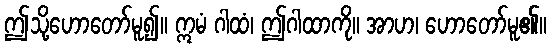
ဤသို့ဟောတော်မူ၍။ ဣမံ ဂါထံ၊ ဤဂါထာကို။ အာဟ၊ ဟောတော်မူ၏။